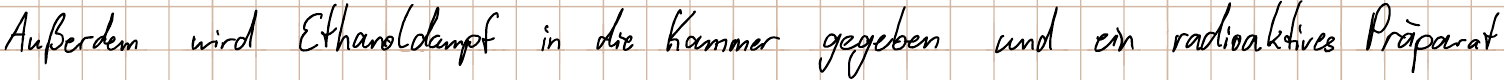
Außerdem wird Ethanoldampf in die Kammer gegeben und ein radioaktives Präparat